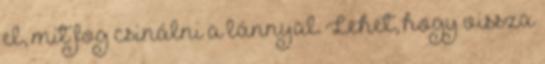
el, mit fog csinálni a lánnyal. Lehet, hogy vissza